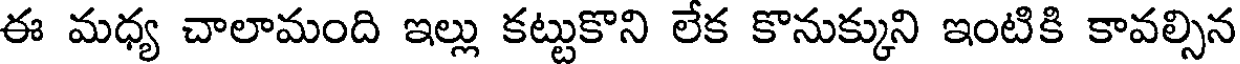
ఈ మధ్య చాలామంది ఇల్లు కట్టుకొని లేక కొనుక్కుని ఇంటికి కావల్సిన